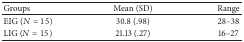
<table><thead><tr><td><b>Groups</b></td><td><b>Mean (SD)</b></td><td><b> Range</b></td></tr></thead><tbody><tr><td>EIG (<i>N</i> = 15)</td><td>30.8 (.98)</td><td>28–38</td></tr><tr><td>LIG (<i>N</i> = 15)</td><td>21.13 (.27)</td><td>16–27</td></tr></tbody></table>